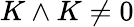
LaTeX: K\wedge K\neq 0